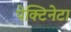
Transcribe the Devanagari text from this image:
पेक्टिनेटा